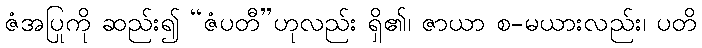
ဇံအပြုကို ဆည်း၍ “ဇံပတီ”ဟုလည်း ရှိ၏၊ ဇာယာ စ-မယားလည်း၊ ပတိ